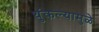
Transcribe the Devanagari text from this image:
थुंकल्यामुळे